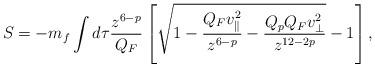
LaTeX: \begin{align*}S=-m_f\int d\tau {{z^{6-p}}\over{Q_F}}\left[\sqrt{1-{{Q_Fv^2_{\parallel}}\over{z^{6-p}}}-{{Q_pQ_Fv^2_{\perp}}\over{z^{12-2p}}}}-1\right],\end{align*}